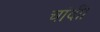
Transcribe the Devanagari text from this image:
चांदी।